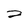
Character: 2